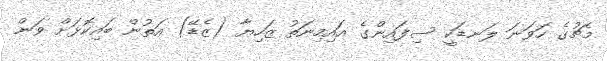
މެޗުގެ ހަވަނަ ލަނޑަކީ ސިފައިންގެ އައިމިނަތު ޒަހިޔާ (ޒެޑޭ) އަތުން ބައިކޮޅަށް ވަން